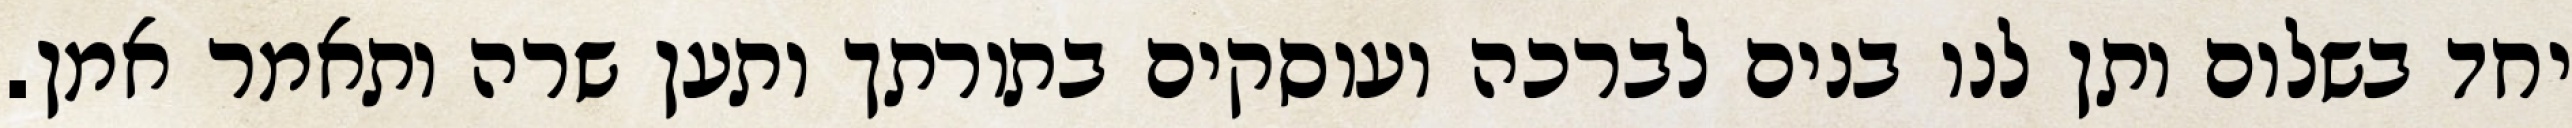
יחד בשלום ותן לנו בנים לברכה ועוסקים בתורתך ותען שרה ותאמר אמן.